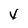
Character: v